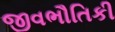
જીવભૌતિકી